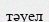
тәуел